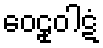
ဝေဠုဝါဋံ